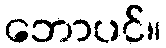
ဘောပင်။